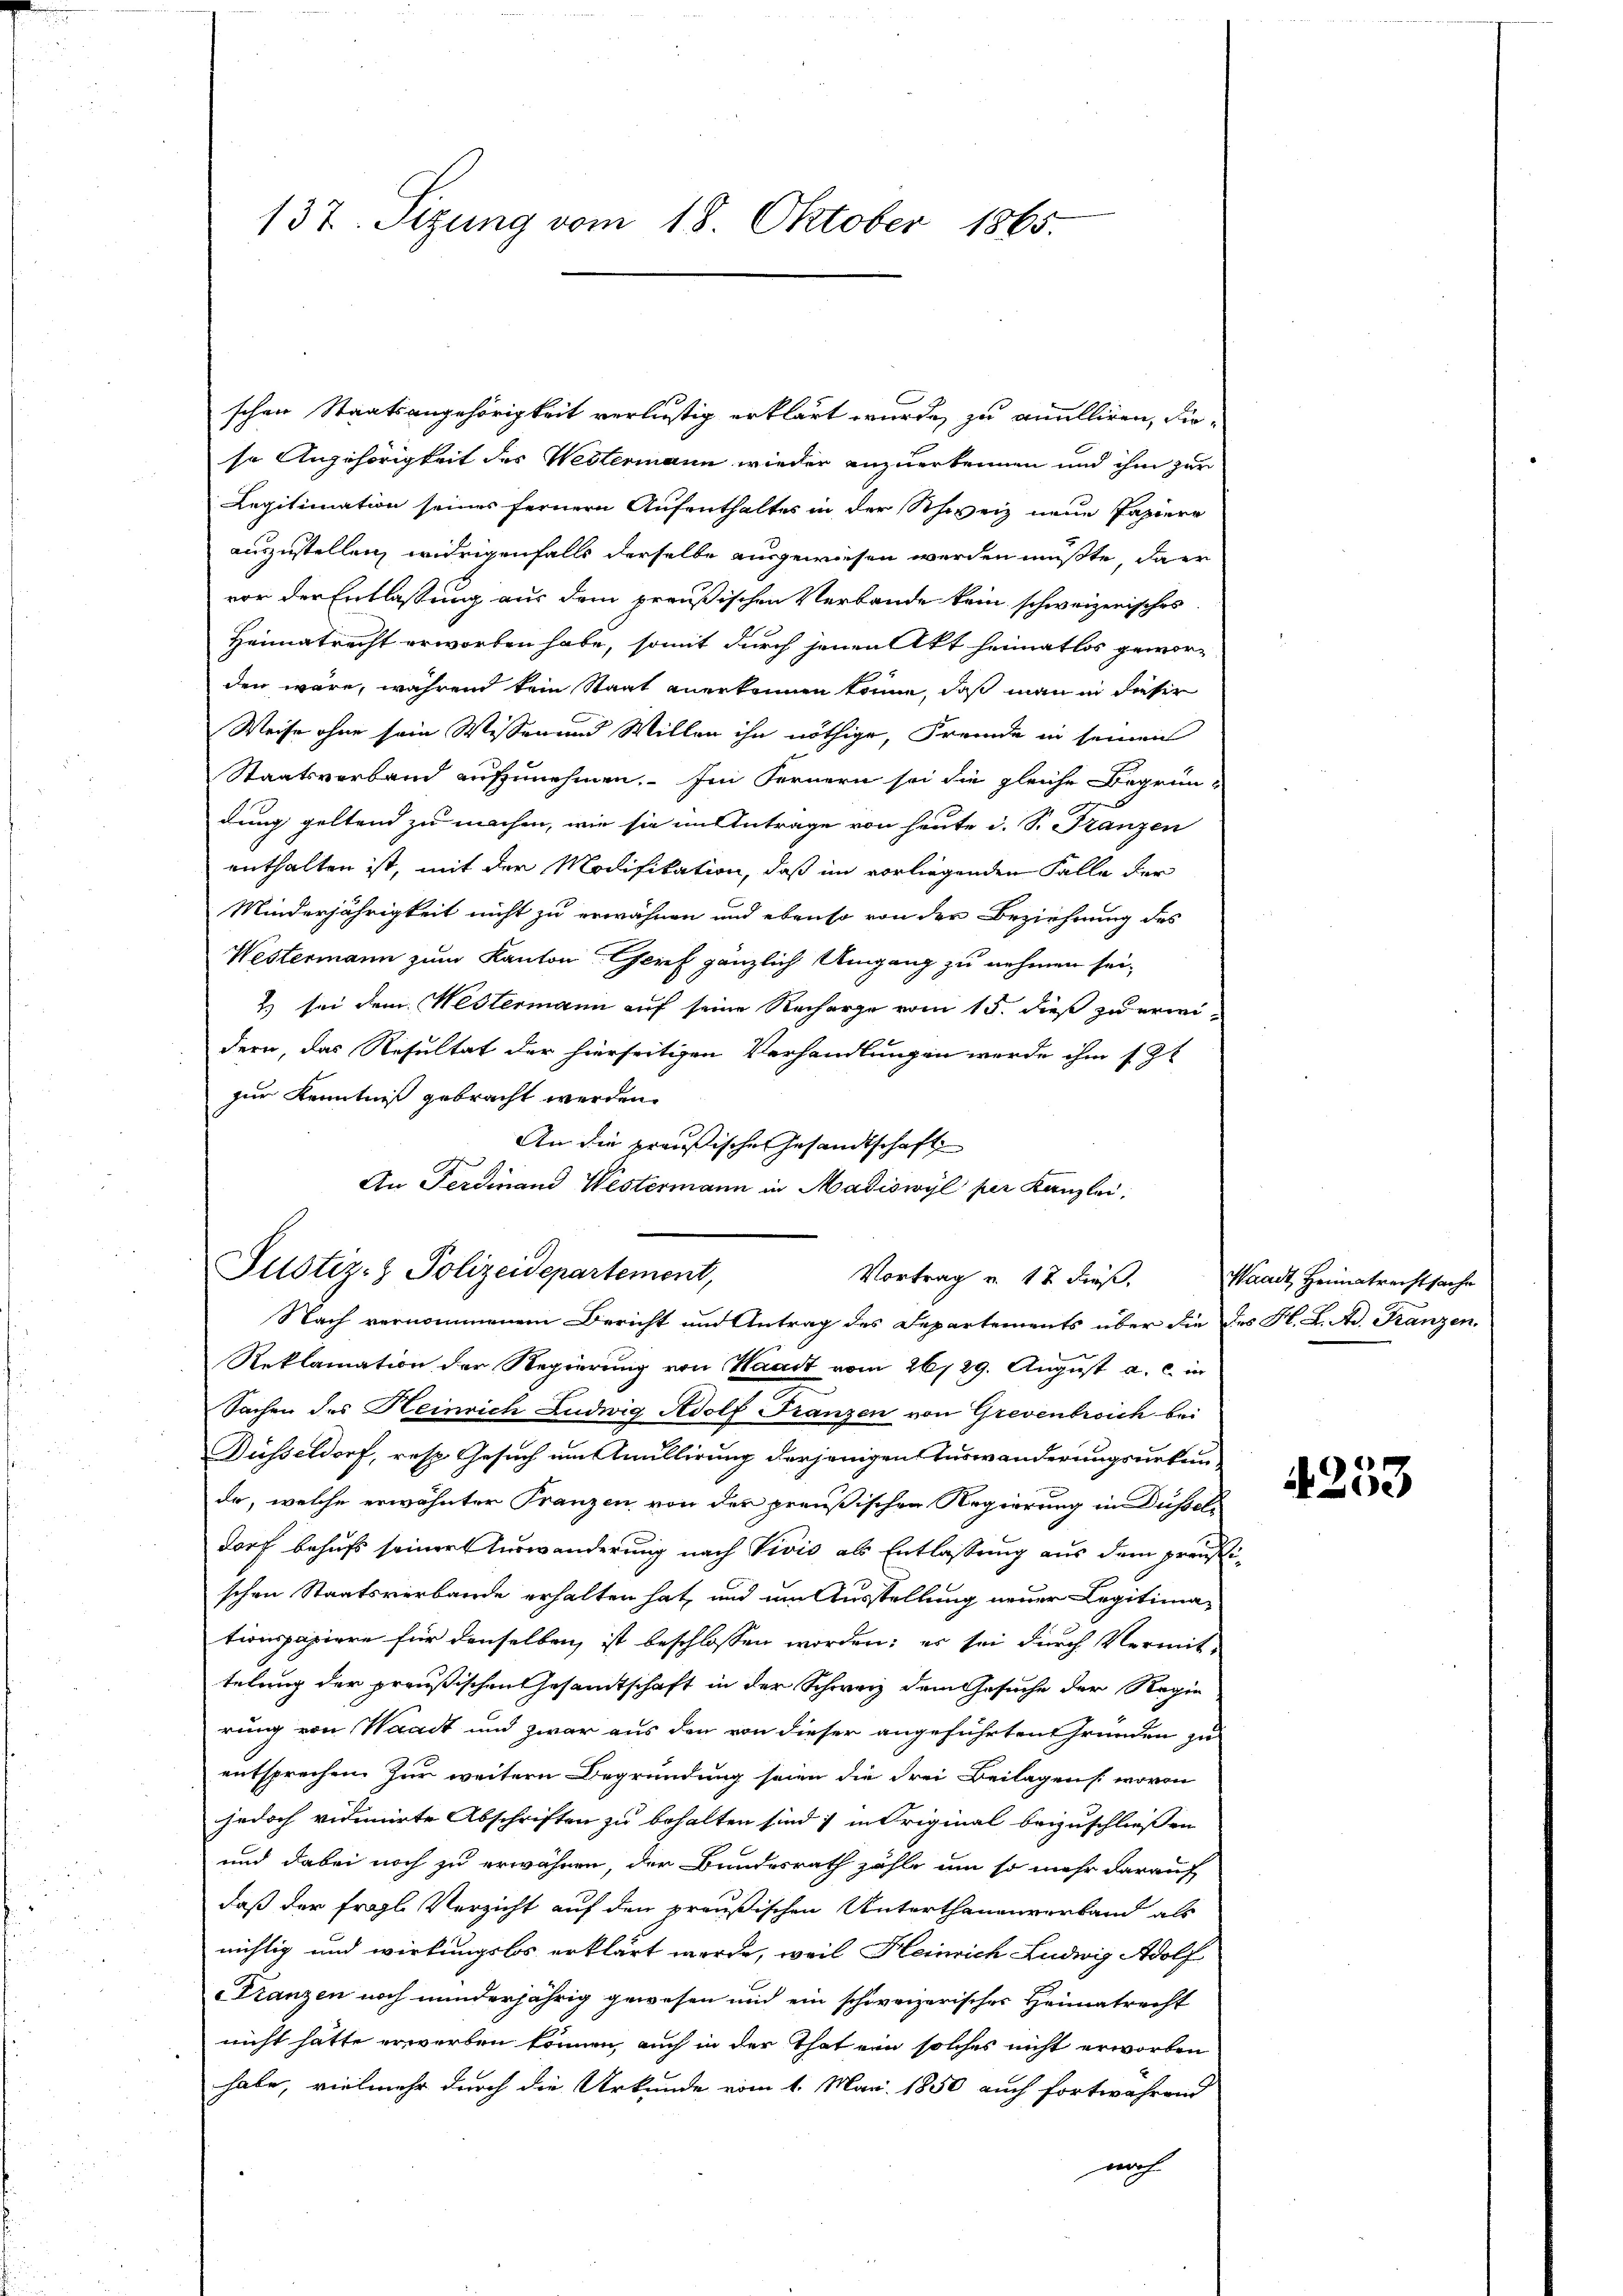
schen Staatsangehörigkeit verlustig erklärt wurde, zu anulliren, dieso Angehörigkeit des Westermann wieder anzuerkrunnen und ihm zur
Legitimation seines fernern Aufenthaltes in der Schweiz neue Papiere
auszustellen, widrigenfalls derselbe ausgewiesen werden müßte, daer
vor der Entlaßung aus dem preußischen Verbande kein schweizerisches
Heimatrecht erworben habe, somit durch jenen Akt Heimatlos gewor-
den wäre, während kein Staat anerkennen könne, daß man in dieser
Weise ohne sein Wissen und Willen ihn nöthige, Fremde in seinen
Staatsverband aufzunehmen. Im Fernern sei die gleiche Begrün-
dung geltend zu machen, wie sie in Antrage von heute d. S. Franzen
enthalten ist, mit der Modifikation, daß im vorliegenden Falle der
Minderjährigkeit nicht zu erwähnen und ebenso von der Beziehung des
Westermann zum Kanton Genf gänzlich Umgang zu nehmen sei,
2) sei dem Westermann auf seine Recharge vom 15. dieß zu erweidern, das Resultat der hierseitigen Verhandlungen werde ihm 12t
zur Kenntniß gebracht werden.
An die preußische Gesandtschaft
An Ferdinand Westermann in Madiswyl per Kanzlei,

137. Sizung vom 18. Oktober 1865.

Justiz- & Polizeidepartement,
Vortrag u. 17 dieß.
Nach vernommenem Bericht und Antrag des Departements über die des H. L. Ad. Franzen.

Reklamation der Regierung von Waadt vom 26/29. August a. c. in
Sachen des Heinrich Ludwig Adolf Franzen von Grevenbreich bei
Düsseldorf, resp. Gesuch um Anullirung derjenigen Auswanderungsurkun-
da, welche erwähnter Franzen von der preußischen Regierung in Düsseldorf behufs seiner Auswanderung nach Vivis als Entlassung aus dem preußischen Staatsverbande erhalten hat, und um Ausstellung neuer Legitimationspapiere für denselben ist beschlossen worden; es sei durch Vermittelung der preußischen Gesandtschaft in der Schweiz dem Gesuche der Regie
rung von Waadt und zwar aus den von dieser angeführten Gründen zu
entsprechen. Zur weitern Begründung seien die drei Beilagen s. wovon
jedoch vidimirte Abschriften zu behalten sind; in Original beizuschließen
und dabei noch zu erwähnen, der Bundesrath zähle um so mehr darauf
daß der fragl. Verzicht auf den preußischen Unterthanenverband als
nichtig und wirkungslos erklärt werde, weil Heinrich Ludwig Adolf
Franzen noch minderjährig gewesen und ein schweizerisches Heimatrecht
nicht hatte erwerben können auch in der That ein solches nicht erworben
habe, vielmehr durch die Urkunde vom 1. Mai. 1850 auch fortwährend
noch

Waadt, Heimatrechtsache

4253